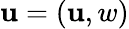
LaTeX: \boldsymbol{\mathbf{u}}=(\mathbf{u},w)